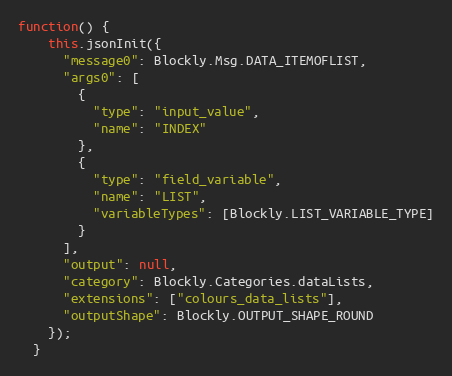
Language: JavaScript
function() {
    this.jsonInit({
      "message0": Blockly.Msg.DATA_ITEMOFLIST,
      "args0": [
        {
          "type": "input_value",
          "name": "INDEX"
        },
        {
          "type": "field_variable",
          "name": "LIST",
          "variableTypes": [Blockly.LIST_VARIABLE_TYPE]
        }
      ],
      "output": null,
      "category": Blockly.Categories.dataLists,
      "extensions": ["colours_data_lists"],
      "outputShape": Blockly.OUTPUT_SHAPE_ROUND
    });
  }